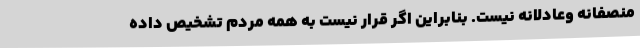
منصفانه وعادلانه نیست. بنابراین اگر قرار نیست به همه مردم تشخیص داده